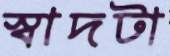
স্বাদটা